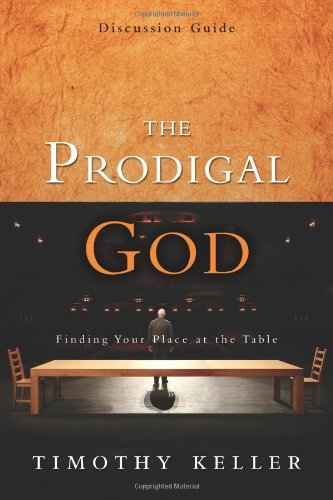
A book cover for The Prodigal God Discussion Guide: Finding Your Place at the Table; Timothy Keller; Christian Books & Bibles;